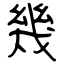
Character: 幾